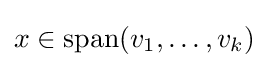
{\textstyle x\in \operatorname {span} (v_{1},\dots ,v_{k})}